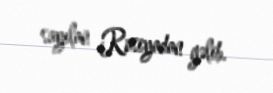
sayılan Rusiyadan gəlib.